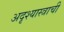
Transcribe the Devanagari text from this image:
अदृश्यास्त्राची